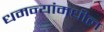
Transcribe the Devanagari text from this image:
धमन्यांमधील